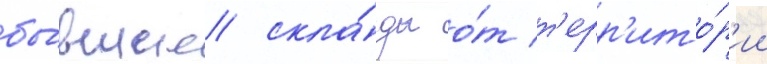
бы́вшие скла́ды о́т т'ерр'ито́р'ии